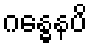
ဂန္ဓေနပိ